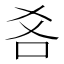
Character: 𱒋